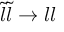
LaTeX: { \tilde { l } } { \tilde { l } } \rightarrow l l